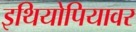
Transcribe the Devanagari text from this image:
इथियोपियावर